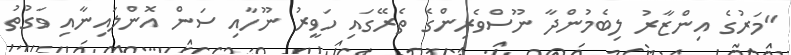
"މަރުގެ އިންޒާރު ލިބެމުންދާ ނޫސްވެރިންގެ ތެރޭގައި ހަވީރު ނޫހާއި ސަން އޮންލައިނާއި ވަގުތު